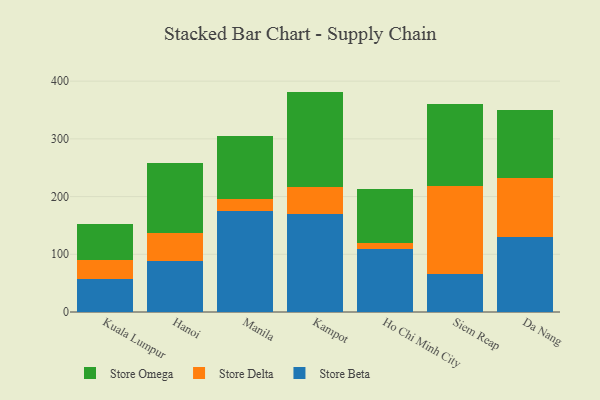
{"axis": {"x": "City", "y": "Gross Profit (USD K)"}, "legend": ["Store Beta", "Store Delta", "Store Omega"], "data": [{"x": "Kuala Lumpur", "y": 56.6, "type": "Store Beta"}, {"x": "Kuala Lumpur", "y": 34.0, "type": "Store Delta"}, {"x": "Kuala Lumpur", "y": 61.5, "type": "Store Omega"}, {"x": "Hanoi", "y": 88.2, "type": "Store Beta"}, {"x": "Hanoi", "y": 48.6, "type": "Store Delta"}, {"x": "Hanoi", "y": 120.9, "type": "Store Omega"}, {"x": "Manila", "y": 175.8, "type": "Store Beta"}, {"x": "Manila", "y": 19.8, "type": "Store Delta"}, {"x": "Manila", "y": 108.9, "type": "Store Omega"}, {"x": "Kampot", "y": 169.7, "type": "Store Beta"}, {"x": "Kampot", "y": 46.3, "type": "Store Delta"}, {"x": "Kampot", "y": 165.9, "type": "Store Omega"}, {"x": "Ho Chi Minh City", "y": 109.9, "type": "Store Beta"}, {"x": "Ho Chi Minh City", "y": 8.9, "type": "Store Delta"}, {"x": "Ho Chi Minh City", "y": 95.1, "type": "Store Omega"}, {"x": "Siem Reap", "y": 66.1, "type": "Store Beta"}, {"x": "Siem Reap", "y": 152.0, "type": "Store Delta"}, {"x": "Siem Reap", "y": 142.0, "type": "Store Omega"}, {"x": "Da Nang", "y": 130.0, "type": "Store Beta"}, {"x": "Da Nang", "y": 101.7, "type": "Store Delta"}, {"x": "Da Nang", "y": 118.8, "type": "Store Omega"}]}